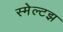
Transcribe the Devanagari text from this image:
स्मेल्टझ